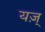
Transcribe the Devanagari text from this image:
यज़्